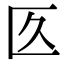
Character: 匛